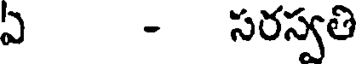
ఏ - సరస్వతి